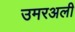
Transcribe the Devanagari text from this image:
उमरअली